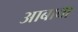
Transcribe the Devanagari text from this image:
आबाबा